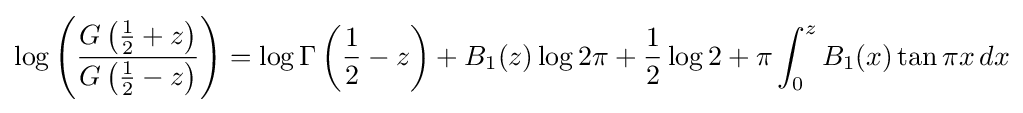
\log \left({\frac {G\left({\frac {1}{2}}+z\right)}{G\left({\frac {1}{2}}-z\right)}}\right)=\log \Gamma \left({\frac {1}{2}}-z\right)+B_{1}(z)\log 2\pi +{\frac {1}{2}}\log 2+\pi \int _{0}^{z}B_{1}(x)\tan \pi x\,dx